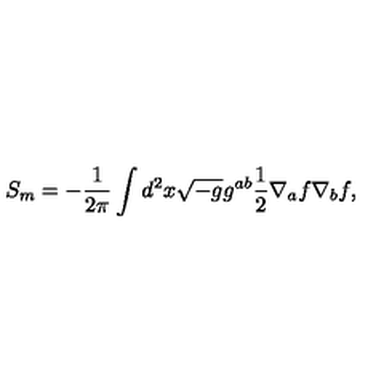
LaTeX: S _ { m } = - { \frac { 1 } { 2 \pi } } \int d ^ { 2 } x \sqrt { - g } g ^ { a b } { \frac { 1 } { 2 } } \nabla _ { a } f \nabla _ { b } f ,